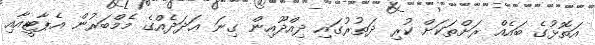
އަތޮޅުގެ ބައެއް ރަށްތަކަށް ކުރި ދަތުރުގައި ދިއްދޫއިން ގިނަ ޢަދަދެއްގެ މެމްބަރުން އެޕާޓީއާއި